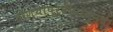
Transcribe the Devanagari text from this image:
होण्यापूर्वीपासूनच